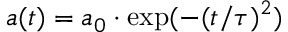
a ( t ) = a _ { 0 } \cdot \exp ( - ( t / \tau ) ^ { 2 } )